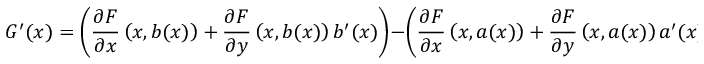
G ^ { \prime } ( x ) = \left( { \frac { \partial F } { \partial x } } \left( x , b ( x ) \right) + { \frac { \partial F } { \partial y } } \left( x , b ( x ) \right) b ^ { \prime } ( x ) \right) - \left( { \frac { \partial F } { \partial x } } \left( x , a ( x ) \right) + { \frac { \partial F } { \partial y } } \left( x , a ( x ) \right) a ^ { \prime } ( x ) \right)